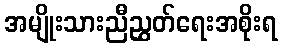
အမျိုးသားညီညွှတ်ရေးအစိုးရ